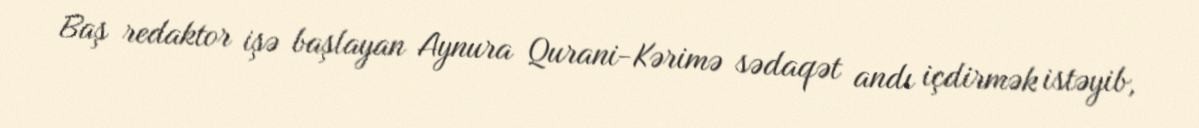
Baş redaktor işə başlayan Aynura Qurani-Kərimə sədaqət andı içdirmək istəyib,